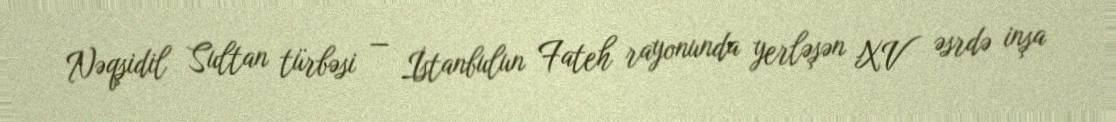
Nəqşidil Sultan türbəsi — İstanbulun Fateh rayonunda yerləşən XV əsrdə inşa